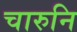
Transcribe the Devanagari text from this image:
चारुनि